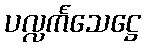
ပလ္လင်္ကသေဋ္ဌေ